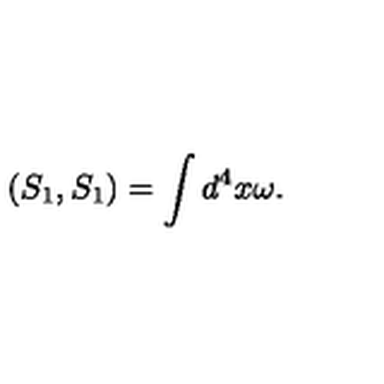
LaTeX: \left( S _ { 1 } , S _ { 1 } \right) = \int d ^ { 4 } x \omega .